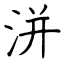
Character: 洴